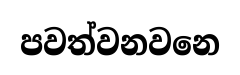
පවත්වනවනෙ